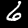
Label: 6